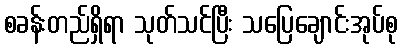
စခန်းတည်ရှိရာ သုတ်သင်ပြီး သပြေချောင်းအုပ်စု